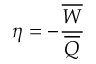
\eta = - \frac { \overline { { W } } } { \overline { { Q } } }